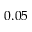
0 . 0 5